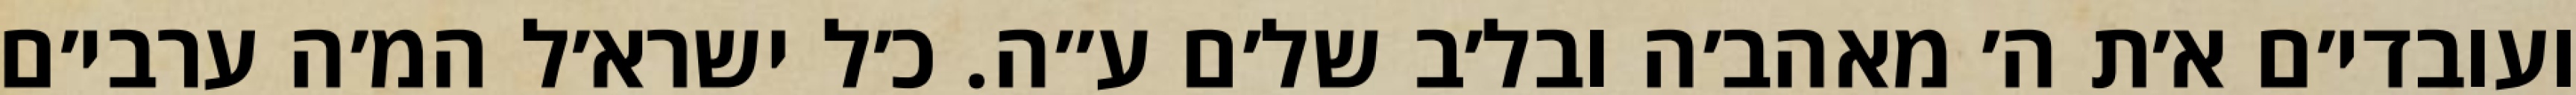
ועובדי׳ם א׳ת ה׳ מאהב׳ה ובל׳ב של׳ם ע״ה. כ׳ל ישרא׳ל המ׳ה ערבי׳ם